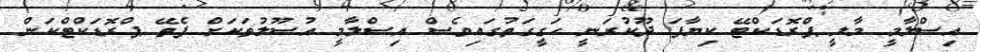
އިސްލާމީ މާލީ ޕްރޮޑަކްޓޭ ކިޔާފަ ދޫކުރަނީ ހަގީގަތުގައިވެސް އިސްލާމީ އުސޫލުތަކަށް ފެތޭ ޕްރޮޑަކްޓްކަން